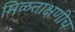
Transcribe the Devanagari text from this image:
मिळताक्षणीच